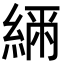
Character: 𦂲